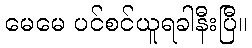
မေမေ ပင်စင်ယူရခါနီးပြီ။